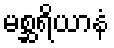
မစ္ဆရိယာနံ